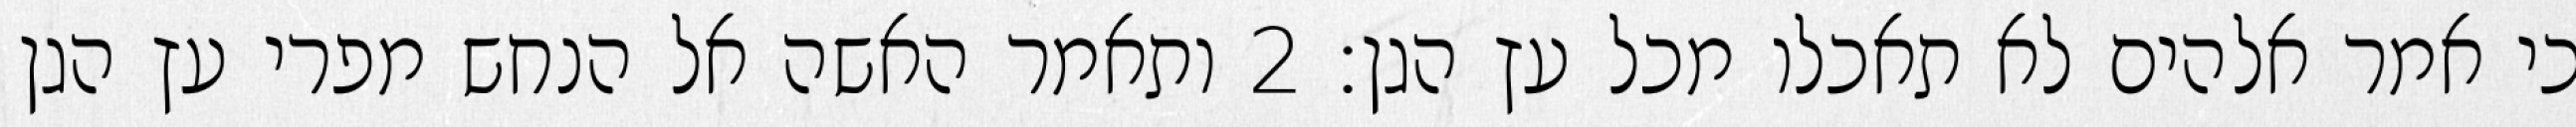
כי אמר אלהים לא תאכלו מכל עץ הגן׃ ‎2‏ ותאמר האשה אל הנחש מפרי עץ הגן